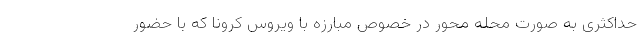
حداکثری به صورت محله محور در خصوص مبارزه با ویروس کرونا که با حضور